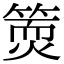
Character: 𥱇